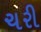
ચરી